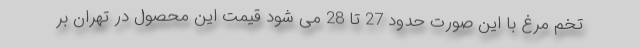
تخم مرغ با این صورت حدود 27 تا 28 می شود قیمت این محصول در تهران بر